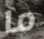
ما